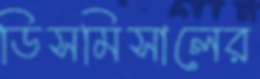
ডিসমিসালের